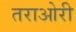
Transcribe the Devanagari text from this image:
तराओरी